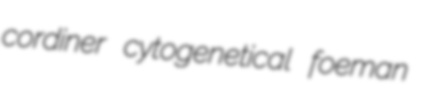
cordiner cytogenetical foeman